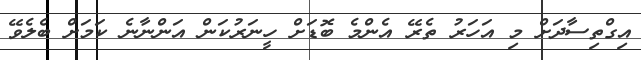
އިގްތިސާދަށް މި އަހަރު ތެރޭ އެންމެ ބޮޑަށް ހީނަރުކަން އަންނާނެ ކަމަށް ބެލެވޭ